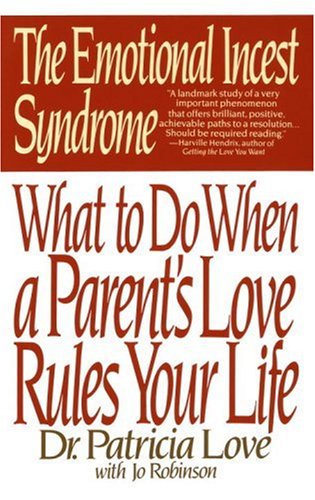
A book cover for The Emotional Incest Syndrome: What to do When a Parent's Love Rules Your Life; Dr. Patricia Love; Parenting & Relationships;